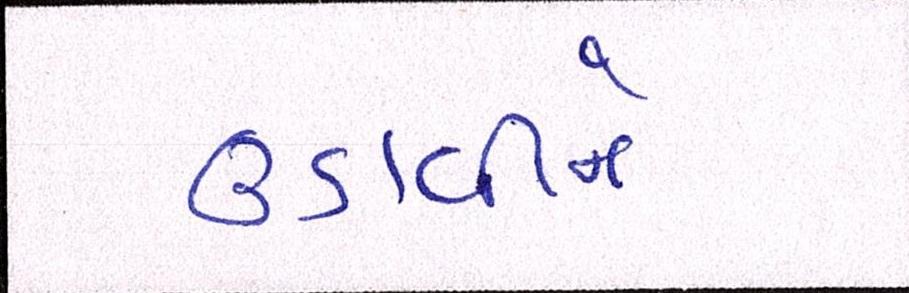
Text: ઉડાવીને